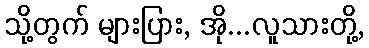
သို့တွက် များပြား, အို...လူသားတို့,